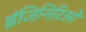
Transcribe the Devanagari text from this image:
इंजिनिरिओं